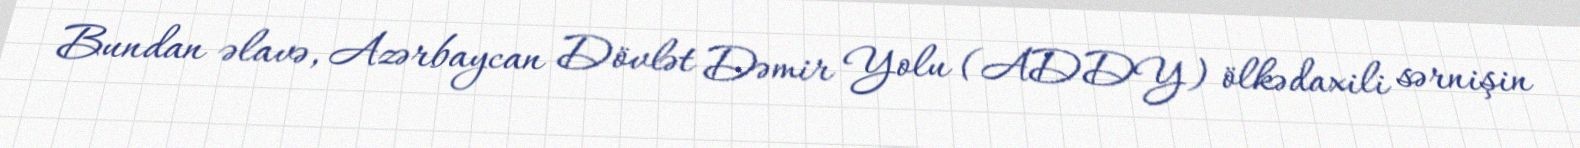
Bundan əlavə, Azərbaycan Dövlət Dəmir Yolu (ADDY) ölkədaxili sərnişin